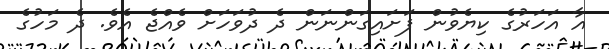
އާ އަހަރުގެ ކިޔެވުން ފަށައިގަންނަން ދެ ދުވަހަށް ވެއްޖެ އެވެ. ދެ މަހުގެ